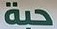
حبة